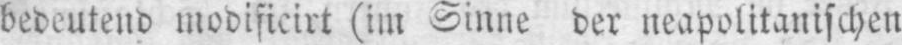
bedeutend modificirt (im Sinne der neapolitanischen